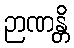
ဉာဏန္တိ